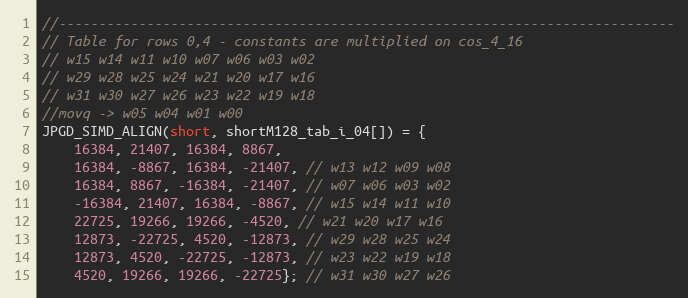
Language: C
//-----------------------------------------------------------------------------
// Table for rows 0,4 - constants are multiplied on cos_4_16
// w15 w14 w11 w10 w07 w06 w03 w02
// w29 w28 w25 w24 w21 w20 w17 w16
// w31 w30 w27 w26 w23 w22 w19 w18
//movq -> w05 w04 w01 w00
JPGD_SIMD_ALIGN(short, shortM128_tab_i_04[]) = {
	16384, 21407, 16384, 8867,
	16384, -8867, 16384, -21407, // w13 w12 w09 w08
	16384, 8867, -16384, -21407, // w07 w06 w03 w02
	-16384, 21407, 16384, -8867, // w15 w14 w11 w10
	22725, 19266, 19266, -4520, // w21 w20 w17 w16
	12873, -22725, 4520, -12873, // w29 w28 w25 w24
	12873, 4520, -22725, -12873, // w23 w22 w19 w18
	4520, 19266, 19266, -22725}; // w31 w30 w27 w26